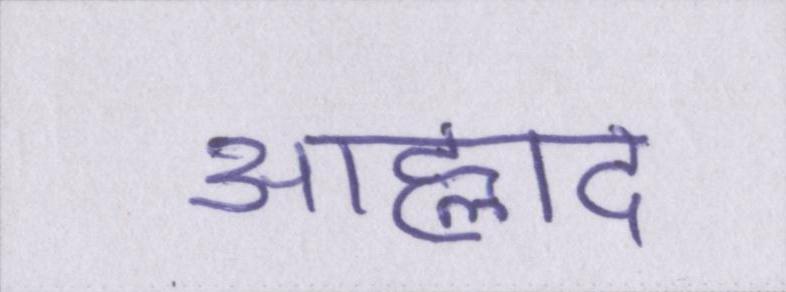
आह्लाद